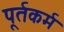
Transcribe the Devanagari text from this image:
पूर्तकर्म